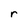
Character: r